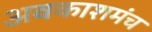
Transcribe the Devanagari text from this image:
अवकाशमंच